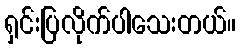
ရှင်းပြလိုက်ပါသေးတယ်။